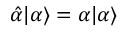
{ \hat { \alpha } } | \alpha \rangle = \alpha | \alpha \rangle